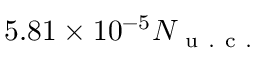
5 . 8 1 \times 1 0 ^ { - 5 } N _ { \mathrm { ~ u ~ . ~ c ~ . ~ } }